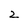
Character: 2